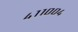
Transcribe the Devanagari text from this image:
४११००४